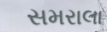
સમરાલા